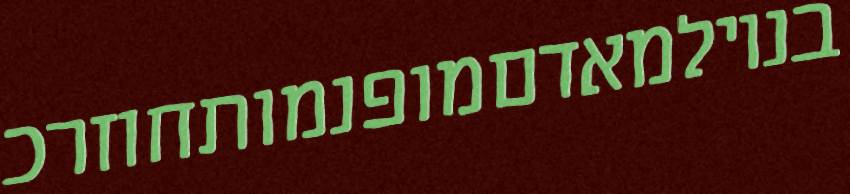
בנוילמאדםמופנמותחוזרכ